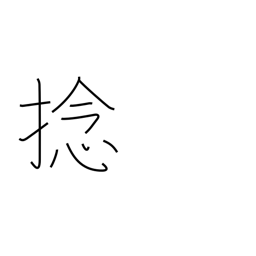
Meaning: twirl